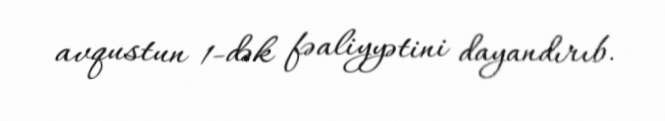
avqustun 1-dək fəaliyyətini dayandırıb.